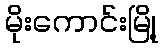
မိုးကောင်းမြို့